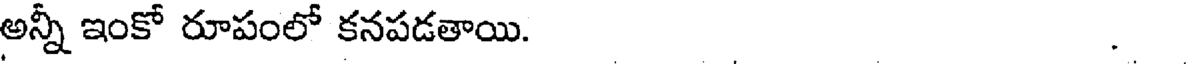
అన్నీ ఇంకో రూపంలో కనపడతాయి. .